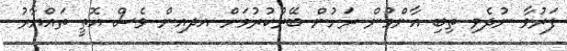
ފަރުވާ ނުދެވި ތިބި އާންމުން ރަށުން ބޭރުކުރުމަށް އދއިން ވެސް އޮތީ ތައްޔާރު